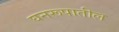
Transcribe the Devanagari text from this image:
घनरूपातील